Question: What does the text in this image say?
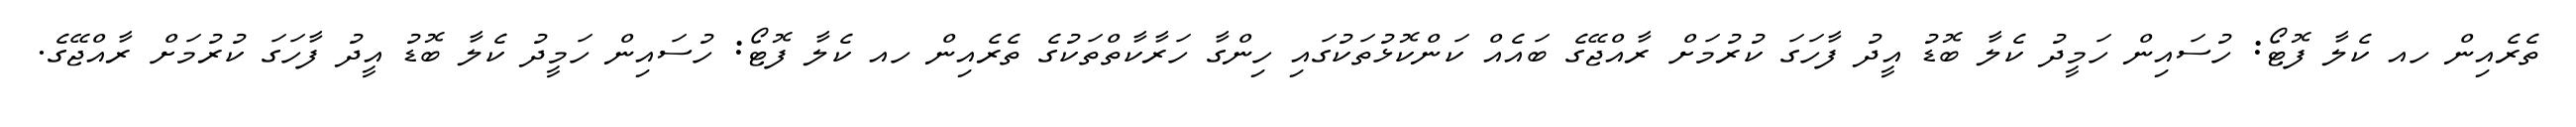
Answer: ތެރެއިން ހއ ކެލާ ފޮޓޯ: ހުސައިން ހަމީދު ކެލާ ބޮޑު އީދު ފާހަގަ ކުރުމަށް ރާއްޖޭގެ ބައެއް ކަންކޮޅުތަކުގައި ހިންގާ ހަރާކާތްތަކުގެ ތެރެއިން ހއ ކެލާ ފޮޓޯ: ހުސައިން ހަމީދު ކެލާ ބޮޑު އީދު ފާހަގަ ކުރުމަށް ރާއްޖޭގެ.